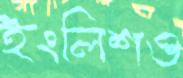
ইংলিশও